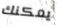
يمكنك